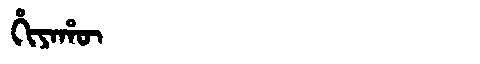
Manchu: ᡥᡳᠶᠠᡥᡡ
Romanization: HIYAHŪ